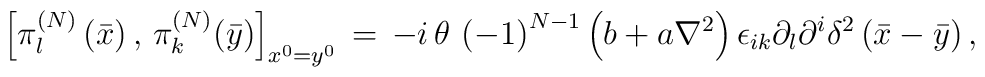
\left[ \pi _{l}^{\left( N\right) }\left( \bar{x}\right) ,\,\pi _{k}^{\left(N\right) }(\bar{y})\right] _{x^{0}=y^{0}}\,=\,-i\,\theta \,\left( -1\right)^{N-1}\left( b+a\nabla ^{2}\right) \epsilon _{ik}\partial _{l}\partial^{i}\delta ^{2}\left( \bar{x}-\bar{y}\right) ,